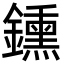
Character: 鑂